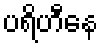
ပရိဟီနေ